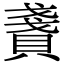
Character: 𧶤